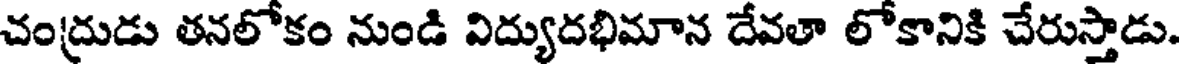
చంద్రుడు తనలోకం నుండి విద్యుదభిమాన దేవతా లోకానికి చేరుస్తాడు.